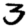
Digit: 3